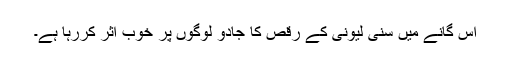
اس گانے میں سنی لیونی کے رقص کا جادو لوگوں پر خوب اثر کررہا ہے۔